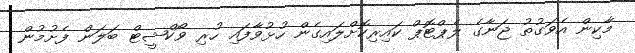
މާކިން އެވަގުތު ޖަނާގެ ލެޕްޓޮޕް ކައިރިކޮށްލައިގެން ހުޅުވާފައި ހުރި ވޯކްޝީޓް ބަލަން ފެށުމުން